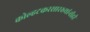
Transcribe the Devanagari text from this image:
कोल्हटकरसारख्यांनीही